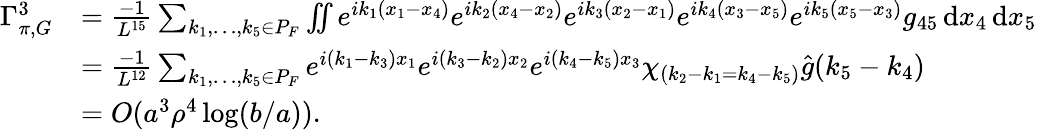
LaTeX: \begin{array}{rl}{\Gamma_{\pi,G}^{3}}&{=\frac{-1}{L^{15}}\sum_{k_{1},\ldots,k_{5}\in P_{F}}\iint e^{ik_{1}(x_{1}-x_{4})}e^{ik_{2}(x_{4}-x_{2})}e^{ik_{3}(x_{2}-x_{1})}e^{ik_{4}(x_{3}-x_{5})}e^{ik_{5}(x_{5}-x_{3})}g_{45}\, \textnormal{d}x_{4}\, \textnormal{d}x_{5}}\\ &{=\frac{-1}{L^{12}}\sum_{k_{1},\ldots,k_{5}\in P_{F}}e^{i(k_{1}-k_{3})x_{1}}e^{i(k_{3}-k_{2})x_{2}}e^{i(k_{4}-k_{5})x_{3}}\chi_{(k_{2}-k_{1}=k_{4}-k_{5})}\hat{g}(k_{5}-k_{4})}\\ &{=O(a^{3}\rho^{4}\log(b/a)).}\end{array}